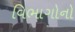
વિભાગોનો